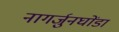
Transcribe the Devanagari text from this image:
नागर्जुनघोंडा